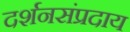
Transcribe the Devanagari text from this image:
दर्शनसंप्रदाय